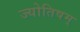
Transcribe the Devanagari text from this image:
ज्योतिषम्